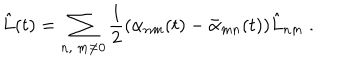
\hat { L } ( t ) = \sum _ { n , \ m \neq 0 } { \frac { 1 } { 2 } } ( \alpha _ { n m } ( t ) - \bar { \alpha } _ { m n } ( t ) ) \hat { L } _ { n m } \ .